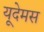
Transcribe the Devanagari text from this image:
यूदेमस